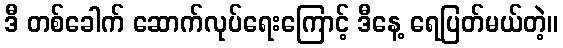
ဒီ တစ်ခေါက် ဆောက်လုပ်ရေးကြောင့် ဒီနေ့ ရေပြတ်မယ်တဲ့။